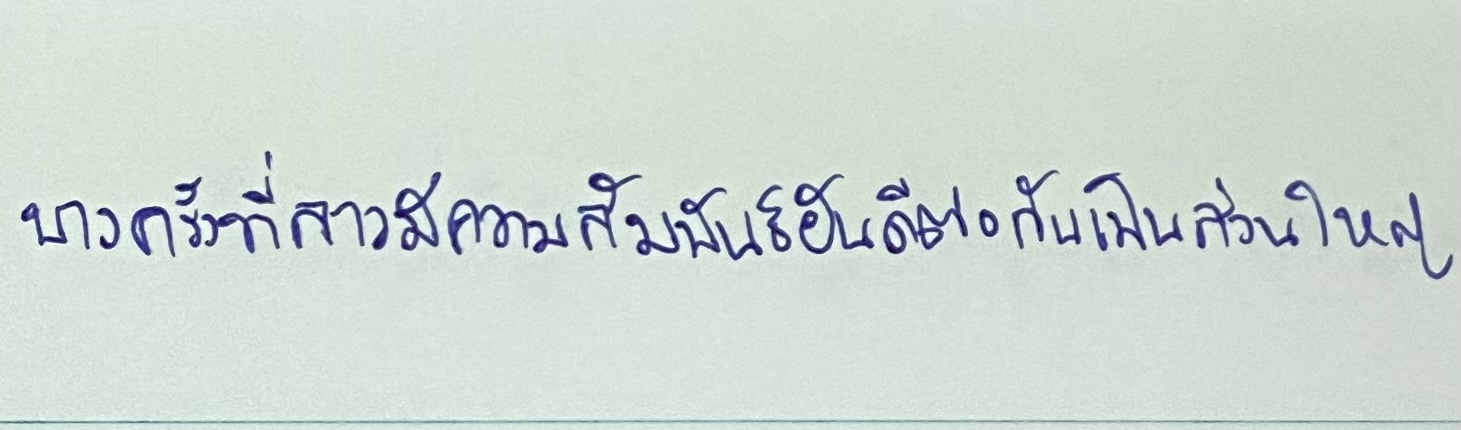
บางครั้งที่ลาวมีความสัมพันธ์อันดีต่อกันเป็นส่วนใหญ่